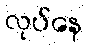
လုပ်နေ